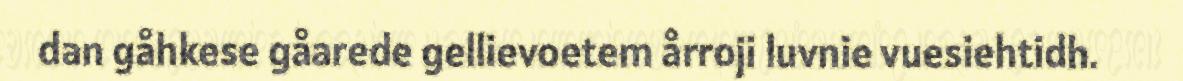
dan gåhkese gåarede gellievoetem årroji luvnie vuesiehtidh.